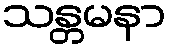
သန္တမနာ